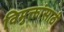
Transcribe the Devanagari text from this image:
विमुक्तांसाठी